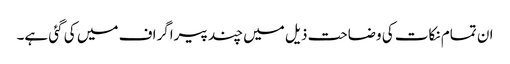
ان تمام نکات کی وضاحت ذیل میں چند پیراگراف میں کی گئی ہے۔